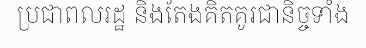
ប្រជាពលរដ្ឋ និងតែងគិតគូរជានិច្ចទាំង